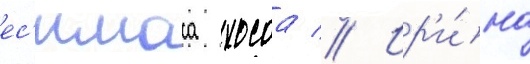
ес'имаса хосоа // Ир'и́на